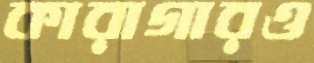
কারাগারও